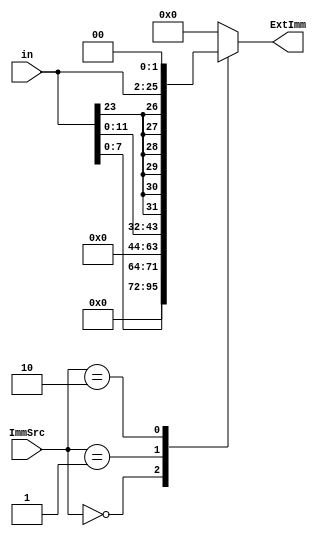
module Extend( 
	/*TODO: Declare variables of inputs and output for multiplexer*/
	input [23:0] in,
	input [ 1:0] ImmSrc,
	output reg[31:0] ExtImm		
	);
	
	always @ (*)
	begin
		case(ImmSrc /*TODO: Write on Variable name to distinguish various cases*/)
		2'b00/*TODO: Case 1*/: // zero extended-imm8
		begin
			//TODO: Write actions to run when (Variable) == (Case 1).
			ExtImm = {24'b0,in[7:0]};
		end
		
		2'b01/*TODO: Case 2*/: // zero extended-imm12
		begin
			//TODO: Write actions to run when (Variable) == (Case 2).
			ExtImm = {20'b0,in[11:0]};				
		end
		
		2'b10/*TODO: Case 3*/: // : sign-extended-imm24, shifting left two bits
		begin
			//TODO: Write actions to run when (Variable) == (Case 3).
			ExtImm = {{6{in[23]}},in[23:0],2'b00};	
		end
		
		default:
			//TODO: Assign the default value to output variable
			ExtImm = 32'h0;
		endcase
	end

endmodule